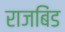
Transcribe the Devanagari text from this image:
राजबिंड